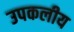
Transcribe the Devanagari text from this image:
उपकलीय